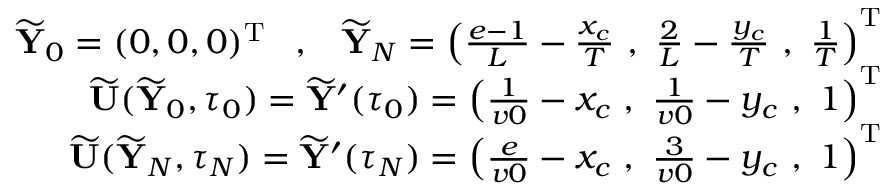
\begin{array} { r } { \widetilde { { \mathbf Y } } _ { 0 } = ( 0 , 0 , 0 ) ^ { { \mathrm T } } \; \; \; , \; \; \; \widetilde { { \mathbf Y } } _ { N } = \left( \frac { e - 1 } { L } - \frac { x _ { c } } { T } \, \, , \, \, \frac { 2 } { L } - \frac { y _ { c } } { T } \, \, , \, \, \frac { 1 } { T } \right) ^ { { \mathrm T } } } \\ { \widetilde { { \mathbf U } } ( \widetilde { { \mathbf Y } } _ { 0 } , \tau _ { 0 } ) = \widetilde { { \mathbf Y } } ^ { \prime } ( \tau _ { 0 } ) = \left( \frac { 1 } { v 0 } - x _ { c } \, \, , \, \, \frac { 1 } { v 0 } - y _ { c } \, \, , \, \, 1 \right) ^ { { \mathrm T } } } \\ { \widetilde { { \mathbf U } } ( \widetilde { { \mathbf Y } } _ { N } , \tau _ { N } ) = \widetilde { { \mathbf Y } } ^ { \prime } ( \tau _ { N } ) = \left( \frac { e } { v 0 } - x _ { c } \, \, , \, \, \frac { 3 } { v 0 } - y _ { c } \, \, , \, \, 1 \right) ^ { { \mathrm T } } } \end{array}